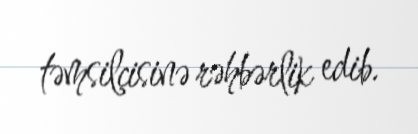
təmsilçisinə rəhbərlik edib.